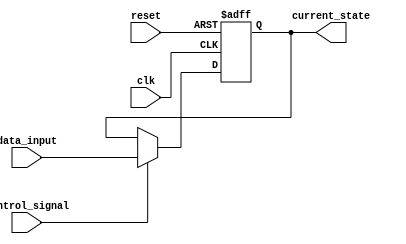
module hold_condition (
    input wire clk,               // Clock signal
    input wire reset,             // Reset signal
    input wire control_signal,     // Control signal to hold or update state
    input wire [7:0] data_input,   // New data input
    output reg [7:0] current_state  // Current state output
);

    // Initialization of current state
    initial begin
        current_state = 8'b0; // Initialize to zero or a specific startup condition
    end

    // Always block triggered on the rising edge of the clock or reset
    always @(posedge clk or posedge reset) begin
        if (reset) begin
            current_state <= 8'b0; // Reset current state to zero
        end else if (control_signal) begin
            current_state <= data_input; // Update current state with data input
        end
        // If control_signal is LOW, current_state retains its value (hold condition)
    end

endmodule